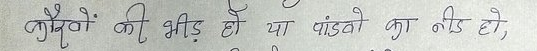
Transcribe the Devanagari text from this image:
कुनैकाे भीड हाे या पांडवो का नीड हाे,